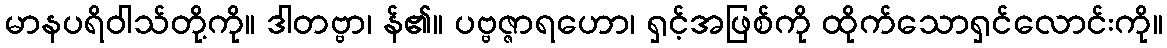
မာနပရိဝါသ်တို့ကို။ ဒါတဗ္ဗာ၊ န်၏။ ပဗ္ဗဇ္ဇာရဟော၊ ရှင့်အဖြစ်ကို ထိုက်သောရှင်လောင်းကို။